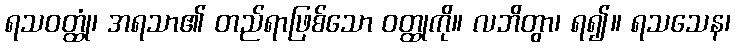
ရသဝတ္ထုံ၊ အရသာ၏ တည်ရာဖြစ်သော ဝတ္ထုကို။ လဘိတွာ၊ ရ၍။ ရသသေန၊